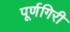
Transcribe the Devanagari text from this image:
पूर्णगिरी